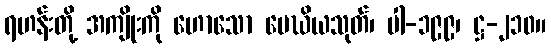
ရဟန်းတို့ အကျိုးကို ဟောသော မေဃိယသုတ်၊ ပါ-၁၉၉၊ ဋ္ဌ-၂၁၀။